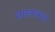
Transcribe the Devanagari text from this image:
साक्षात्कारो